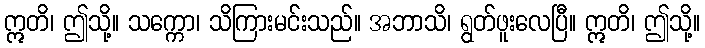
ဣတိ၊ ဤသို့။ သက္ကော၊ သိကြားမင်းသည်။ အဘာသိ၊ ရွတ်ဖူးလေပြီ။ ဣတိ၊ ဤသို့။